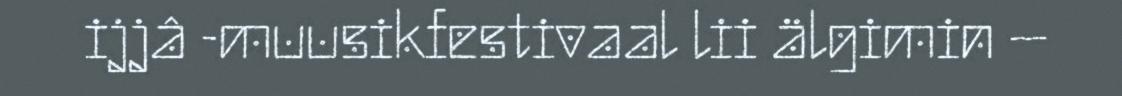
ijjâ -muusikfestivaal lii älgimin –